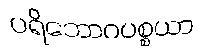
ပရိဘောဂပစ္စယာ